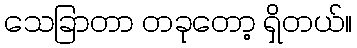
သေခြာတာ တခုတော့ ရှိတယ်။